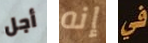
أجل إنه في